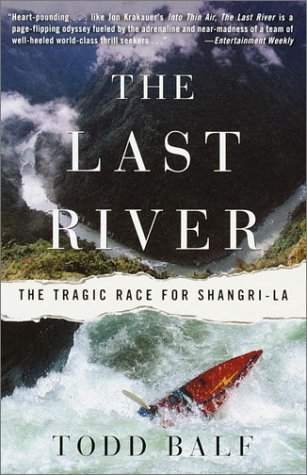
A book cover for The Last River: The Tragic Race for Shangri-la; Todd Balf; Sports & Outdoors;